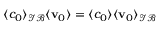
\langle c _ { 0 } \rangle _ { \mathcal { I B } } \langle \mathbf v _ { 0 } \rangle = \langle c _ { 0 } \rangle \langle \mathbf v _ { 0 } \rangle _ { \mathcal { I B } }